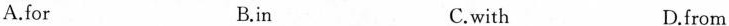
A.forB.inC.withD.from